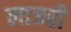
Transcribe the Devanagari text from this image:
लाजरी